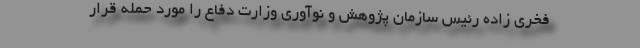
فخری زاده رئیس سازمان پژوهش و نوآوری وزارت دفاع را مورد حمله قرار